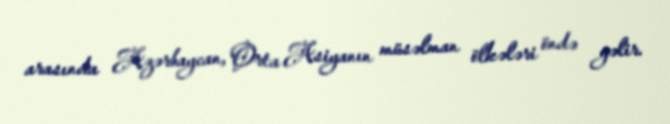
arasında Azərbaycan, Orta Asiyanın müsəlman ölkələri öndə gəlir.